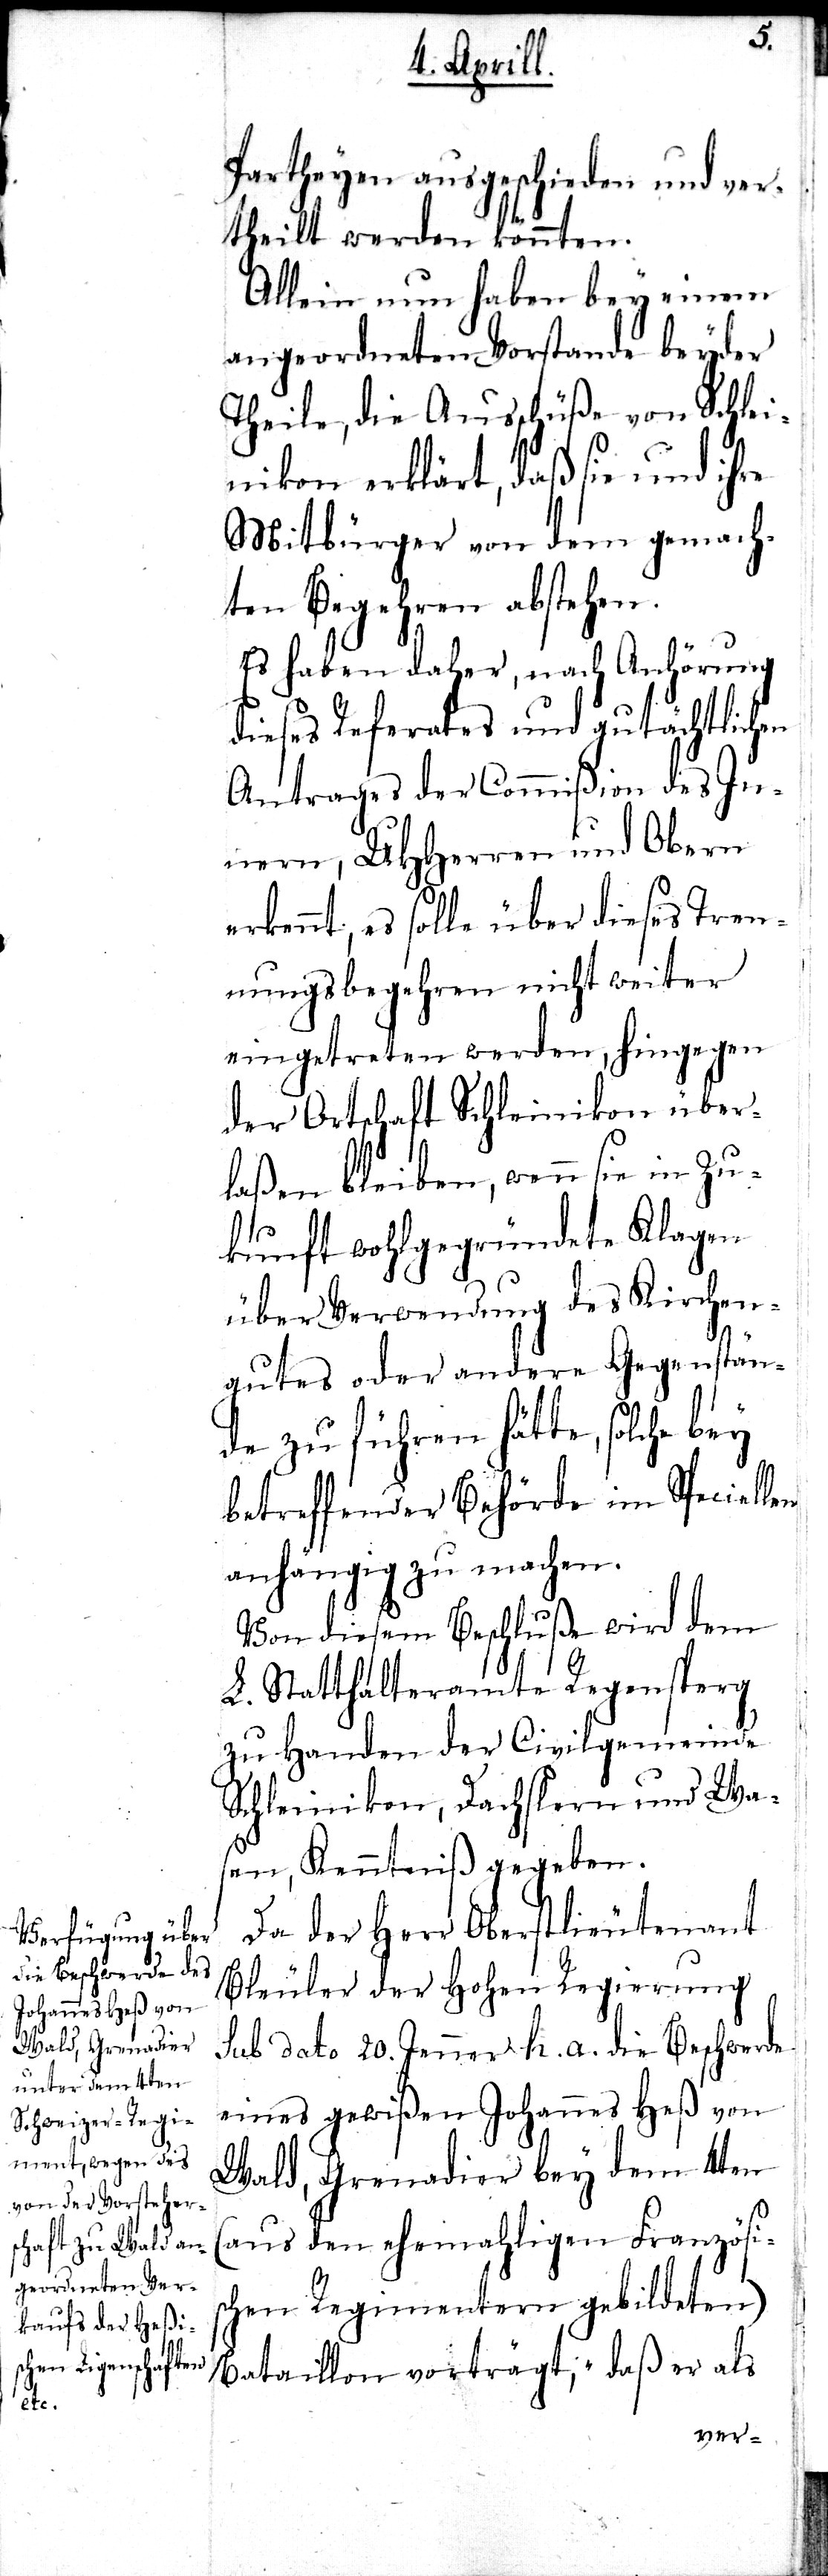
Partheyen aufgeschieden und ver¬
theilt werden könnten.
Allein nun haben bey einem
angeordneten Vorstande beyder
Theile, die Ausschüße von Schlei¬
nikon erklärt, daß sie und ihre
Mitbürger von dem gemach¬
ten Begehren abstehen.
Es haben daher, nach Anhörung
dieses Referates und gutächtlichen
Antrages der Commißion des In¬
nern, UHHerren und Obern
erkannt, es solle über dieses Tren¬
nungsbegehren nicht weiter
eingetreten werden, hingegen
der Ortschaft Schleinikon über¬
laßen bleiben, wenn sie in Zu¬
kunft wohlgegründete Klagen
über Verwendung des Kirchen¬
gutes oder andere Gegenstän¬
de zu führen hätte, solche bey
betreffender Behörde im Speciellen
anhängig zu machen.
Von diesem Beschluße wird dem
L. Statthalteramte Regensperg
zu Handen der Civilgemeinde
Schleinikon, Dachslern und Wa¬
sen, Kenntniß gegeben.
Da der Herr Oberstlieutenant
Bleuler der Hohen Regierung
sub dato 20. Jenner h. a. die Beschwerde
eines gewißen Johannes Heß von
Wald, Grenadier bey dem 4ten
(aus den ehemahligen Französis¬
chen Regimentern gebildeten)
Bataillon vorträgt, „daß er als